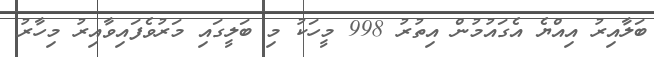
ބަލާއިރު އިއްޔެ އެގައުމުން އިތުރު 998 މީހަކު މި ބަލީގައި މަރުވެފައިވާއިރު މިހާރު